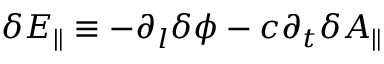
\delta E _ { \parallel } \equiv - \partial _ { l } \delta \phi - c \partial _ { t } \delta A _ { \parallel }